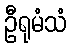
ဦရုမံသံ